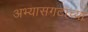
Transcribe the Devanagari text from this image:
अभ्यासगटाच्या